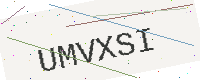
Text: UMVXSI